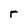
Character: r